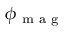
\phi _ { \textrm { m a g } }